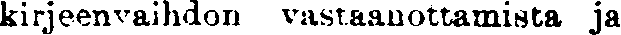
kirjeenvaihdon vastaanottamista ja